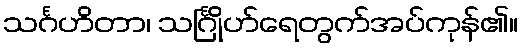
သင်္ဂဟိတာ၊ သင်္ဂြိုဟ်ရေတွက်အပ်ကုန်၏။